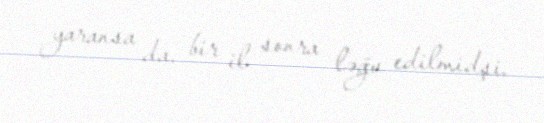
yaransa da, bir il sonra ləğv edilmidşi.